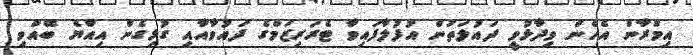
އިމްރާން އެހެން ވިދާޅުވީ ދައުލަތުން އުފުލާފައިވާ ޓެރަރިޒަމްގެ ދައުވާއާއި ގުޅިގެން އިއްޔެ ބޭއްވި